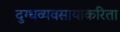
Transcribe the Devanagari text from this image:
दुग्धव्यवसायाकरिता